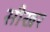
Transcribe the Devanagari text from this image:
सीखर